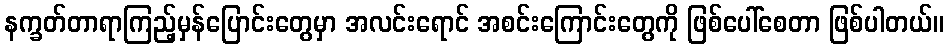
နက္ခတ်တာရာကြည့်မှန်ပြောင်းတွေမှာ အလင်းရောင် အစင်းကြောင်းတွေကို ဖြစ်ပေါ်စေတာ ဖြစ်ပါတယ်။